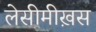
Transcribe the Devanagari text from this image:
लेसीमीख़स